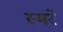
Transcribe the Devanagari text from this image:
स्मरे